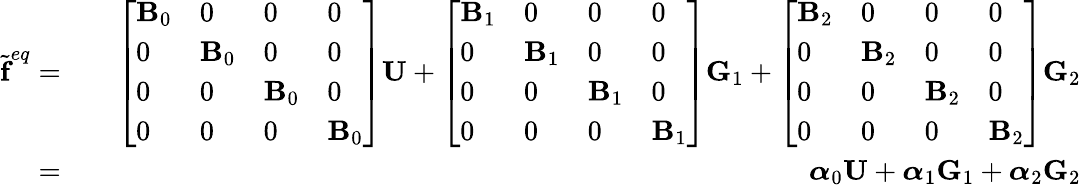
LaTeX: \begin{array}{rlr}{\widetilde{\textbf{f}}^{eq}=}&{{}}&{\left[\begin{array}{llll}{\textbf{B}_{0}}&{0}&{0}&{0}\\ {0}&{\textbf{B}_{0}}&{0}&{0}\\ {0}&{0}&{\textbf{B}_{0}}&{0}\\ {0}&{0}&{0}&{\textbf{B}_{0}}\end{array}\right]\textbf{U}+\left[\begin{array}{llll}{\textbf{B}_{1}}&{0}&{0}&{0}\\ {0}&{\textbf{B}_{1}}&{0}&{0}\\ {0}&{0}&{\textbf{B}_{1}}&{0}\\ {0}&{0}&{0}&{\textbf{B}_{1}}\end{array}\right]\textbf{G}_{1}+\left[\begin{array}{llll}{\textbf{B}_{2}}&{0}&{0}&{0}\\ {0}&{\textbf{B}_{2}}&{0}&{0}\\ {0}&{0}&{\textbf{B}_{2}}&{0}\\ {0}&{0}&{0}&{\textbf{B}_{2}}\end{array}\right]\textbf{G}_{2}}\\ {=}&{{}}&{\boldsymbol{\alpha}_{0}\textbf{U}+\boldsymbol{\alpha}_{1}\textbf{G}_{1}+\boldsymbol{\alpha}_{2}\textbf{G}_{2}}\end{array}